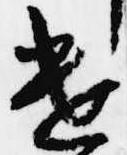
遣